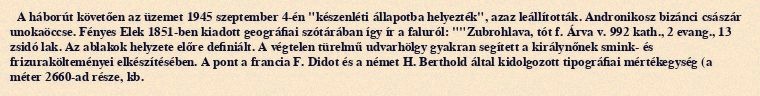
A háborút követően az üzemet 1945 szeptember 4-én "készenléti állapotba helyezték", azaz leállították. Andronikosz bizánci császár unokaöccse. Fényes Elek 1851-ben kiadott geográfiai szótárában így ír a faluról: ""Zubrohlava, tót f. Árva v. 992 kath., 2 evang., 13 zsidó lak. Az ablakok helyzete előre definiált. A végtelen türelmű udvarhölgy gyakran segített a királynőnek smink- és frizurakölteményei elkészítésében. A pont a francia F. Didot és a német H. Berthold által kidolgozott tipográfiai mértékegység (a méter 2660-ad része, kb.